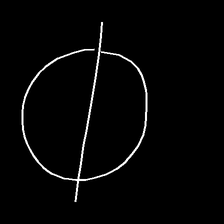
Glyph: orb